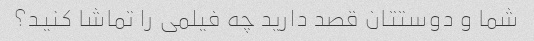
شما و دوستتان قصد دارید چه فیلمی را تماشا کنید؟